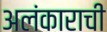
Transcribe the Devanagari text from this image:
अलंकाराची